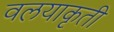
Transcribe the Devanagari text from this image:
वलयाकृती